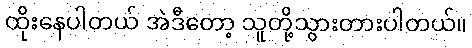
ထိုးနေပါတယ် အဲဒီတော့ သူတို့သွားတားပါတယ်။